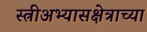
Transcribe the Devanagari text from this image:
स्त्रीअभ्यासक्षेत्राच्या